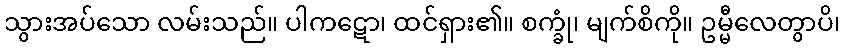
သွားအပ်သော လမ်းသည်။ ပါကဋော၊ ထင်ရှား၏။ စက္ခုံ၊ မျက်စိကို။ ဥမ္မီလေတွာပိ၊